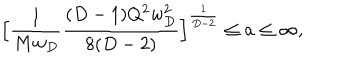
LaTeX: \Big [ { \frac { 1 } { M w _ { D } } } { \frac { ( D - 1 ) Q ^ { 2 } w _ { D } ^ { 2 } } { 8 ( D - 2 ) } } \Big ] ^ { \frac { 1 } { D - 2 } } \le a \le \infty ,